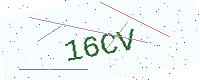
Text: 16CV